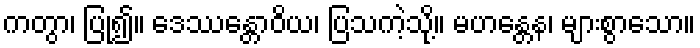
ကတွာ၊ ပြု၍။ ဒေဿန္တောဝိယ၊ ပြသကဲ့သို့။ မဟန္တေန၊ များစွာသော။